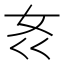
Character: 𱙃